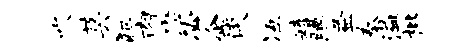
吹莫犯肉懋必企淡冱嬉腆益秦溢枇